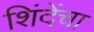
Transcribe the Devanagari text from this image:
शिंदेंचा